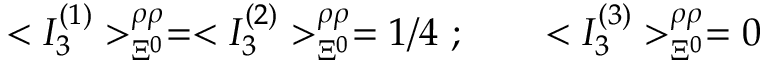
< { I } _ { 3 } ^ { ( 1 ) } > _ { \Xi ^ { 0 } } ^ { \rho \rho } = < { I } _ { 3 } ^ { ( 2 ) } > _ { \Xi ^ { 0 } } ^ { \rho \rho } = 1 / 4 \ ; \qquad < { I } _ { 3 } ^ { ( 3 ) } > _ { \Xi ^ { 0 } } ^ { \rho \rho } = 0